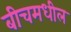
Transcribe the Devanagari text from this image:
बीचमधील